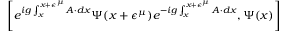
\left[ e ^ { i g \int _ { x } ^ { x + \epsilon ^ { \mu } } A \cdot d x } \Psi ( x + \epsilon ^ { \mu } ) e ^ { - i g \int _ { x } ^ { x + \epsilon ^ { \mu } } A \cdot d x } , \Psi ( x ) \right]